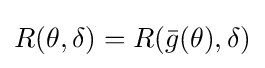
R(\theta ,\delta )=R({\bar {g}}(\theta ),\delta )